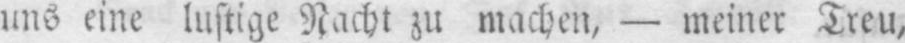
uns eine luftige Nacht zu machen, - meiner Treu,